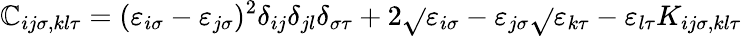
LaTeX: \mathbb{C}_{ij\sigma,kl\tau}=(\varepsilon_{i\sigma}-\varepsilon_{j\sigma})^{2}\delta_{ij}\delta_{jl}\delta_{\sigma\tau}+2\sqrt{}{{\varepsilon_{i\sigma}-\varepsilon_{j\sigma}}}\sqrt{}{{\varepsilon_{k\tau}-\varepsilon_{l\tau}}}K_{ij\sigma,kl\tau}